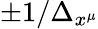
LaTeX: {\pm 1/\Delta_{x^{\mu}}}